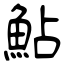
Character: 鮎